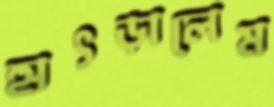
হাৎড়ালেম